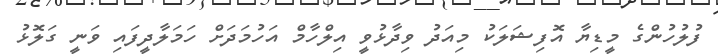
ފުލުހުންގެ މީޑިޔާ އޮފިޝަލަކު މިއަދު ވިދާޅުވީ އިލްހާމް އަހުމަދަށް ހަމަލާދީފައި ވަނީ ގަލޮޅު